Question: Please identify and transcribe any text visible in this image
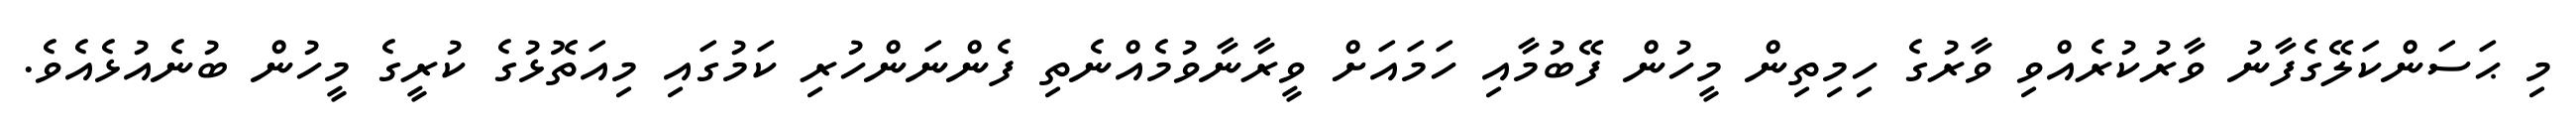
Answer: މި ޙަސަންކަލޭގެފާނު ވާރުކުރެއްވި ވާރުގެ ހިމިތިން މީހުން ފޭބުމާއި ހަމައަށް ވީރާނާވުމެއްނެތި ފެންނަންހުރި ކަމުގައި މިއަތޮޅުގެ ކުރީގެ މީހުން ބުނެއުޅެއެވެ.